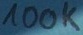
Text: 100K